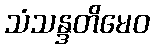
သံသန္ဒတိမေဝ